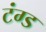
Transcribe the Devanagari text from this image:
टंग्ड